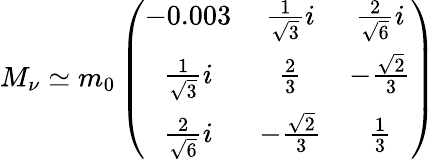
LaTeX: M_{\nu}\simeq m_{0}\left(\begin{array}{ccc}{{-0.003}}&{{\frac{1}{\sqrt{3}}i}}&{{\frac{2}{\sqrt{6}}i}}\\ {{\frac{1}{\sqrt{3}}i}}&{{\frac{2}{3}}}&{{-\frac{\sqrt{2}}{3}}}\\ {{\frac{2}{\sqrt{6}}i}}&{{-\frac{\sqrt{2}}{3}}}&{{\frac{1}{3}}}\end{array}\right)